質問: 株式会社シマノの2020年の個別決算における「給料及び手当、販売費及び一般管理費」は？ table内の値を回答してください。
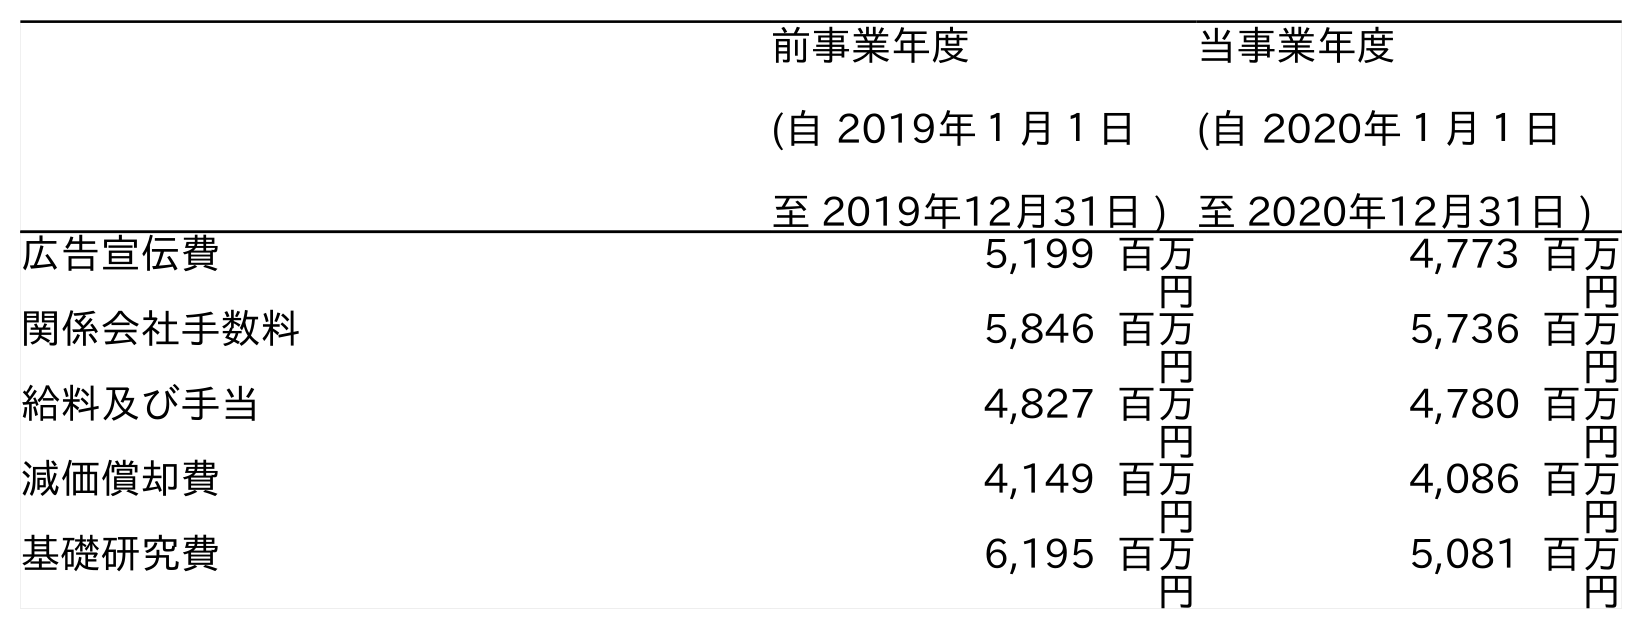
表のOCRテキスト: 前事業年度 (自 2019年１月１日 至 2019年12月31日 ) 当事業年度 (自 2020年１月１日 至 2020年12月31日 ) 広告宣伝費 5,199 百万 円 4,773 百万 円 関係会社手数料 5,846 百万 円 5,736 百万 円 給料及び手当 4,827 百万 円 4,780 百万 円 減価償却費 4,149 百万 円 4,086 百万 円 基礎研究費 6,195 百万 円 5,081 百万 円
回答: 4,780